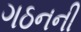
ગઠનની